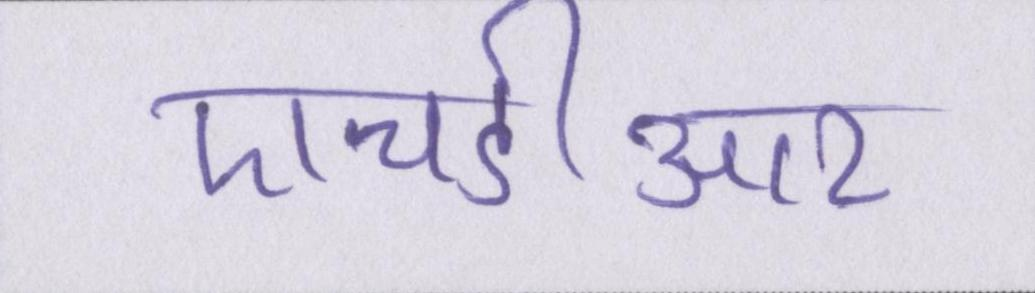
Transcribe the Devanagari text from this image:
एचडीआर